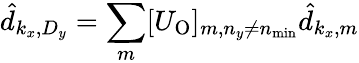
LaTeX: \hat{d}_{k_{x},D_{y}}=\sum_{m}[U_{\mathrm{O}}]_{m,n_{y}\ne n_{\mathrm{min}}}\hat{d}_{k_{x},m}